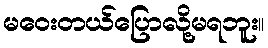
မဝေးတယ်ပြောလို့မရဘူး။